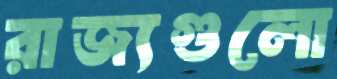
রাজ্যগুলো